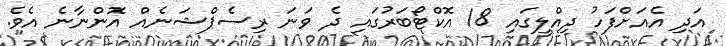
އަދި އެއަށްފަހު ދިއްލީގައި 18 އޮކްޓޯބަރުގައި ދެ ވަނަ ރިސެޕްޝަނެއް އޮންނާނެ އެވެ.